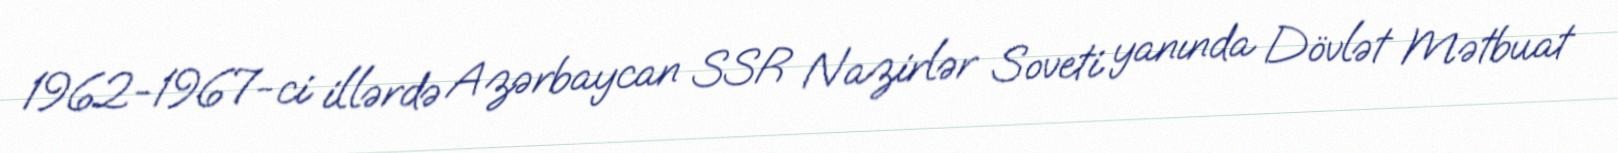
1962-1967-ci illərdə Azərbaycan SSR Nazirlər Soveti yanında Dövlət Mətbuat